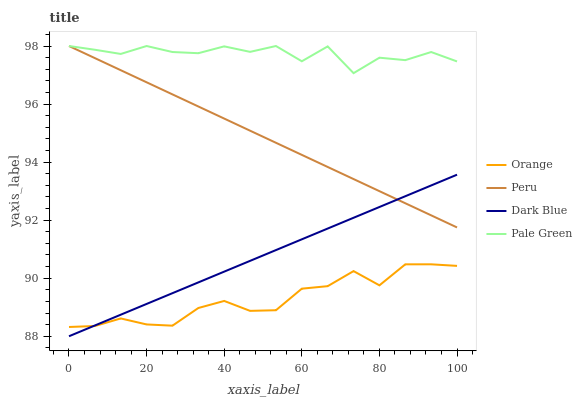
| xaxis_label | Orange | Peru | Dark Blue | Pale Green |
 | --- | --- | --- | --- | --- |
 | 0 | 88.3 | 98 | 88 | 98 |
 | 6.67 | 88.4 | 97.6 | 88.4 | 97.9 |
 | 13.3 | 88.6 | 97.2 | 88.7 | 97.7 |
 | 20 | 88.4 | 96.7 | 89.1 | 98 |
 | 26.7 | 88.4 | 96.3 | 89.5 | 97.8 |
 | 33.3 | 89 | 95.9 | 89.9 | 97.8 |
 | 40 | 89.2 | 95.5 | 90.2 | 98 |
 | 46.7 | 88.9 | 95.1 | 90.6 | 97.8 |
 | 53.3 | 88.9 | 94.7 | 91 | 98 |
 | 60 | 89.6 | 94.2 | 91.3 | 97.5 |
 | 66.7 | 89.7 | 93.8 | 91.7 | 98 |
 | 73.3 | 90.2 | 93.4 | 92.1 | 97.1 |
 | 80 | 89.8 | 93 | 92.5 | 97.6 |
 | 86.7 | 90.5 | 92.6 | 92.8 | 97.5 |
 | 93.3 | 90.5 | 92.2 | 93.2 | 97.8 |
 | 100 | 90.4 | 91.7 | 93.6 | 97.5 |